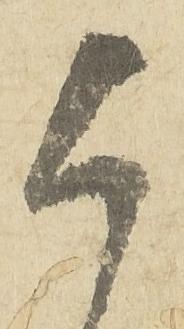
候